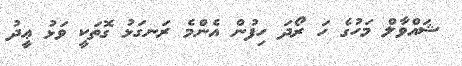
ޝައްވާލް މަހުގެ ހަ ރޯދަ ހިފުން އެންމެ ރަނގަޅު ގޮތަކީ ވަޅު ޢީދު